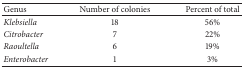
<table><thead><tr><td><b>Genus</b></td><td><b>Number of colonies</b></td><td><b>Percent of total</b></td></tr></thead><tbody><tr><td><i>Klebsiella </i></td><td>18</td><td>56%</td></tr><tr><td><i>Citrobacter </i></td><td>7</td><td>22%</td></tr><tr><td><i>Raoultella </i></td><td>6</td><td>19%</td></tr><tr><td><i>Enterobacter </i></td><td>1</td><td>3%</td></tr></tbody></table>